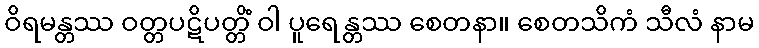
ဝိရမန္တဿ ဝတ္တပဋိပတ္တိံ ဝါ ပူရေန္တဿ စေတနာ။ စေတသိကံ သီလံ နာမ